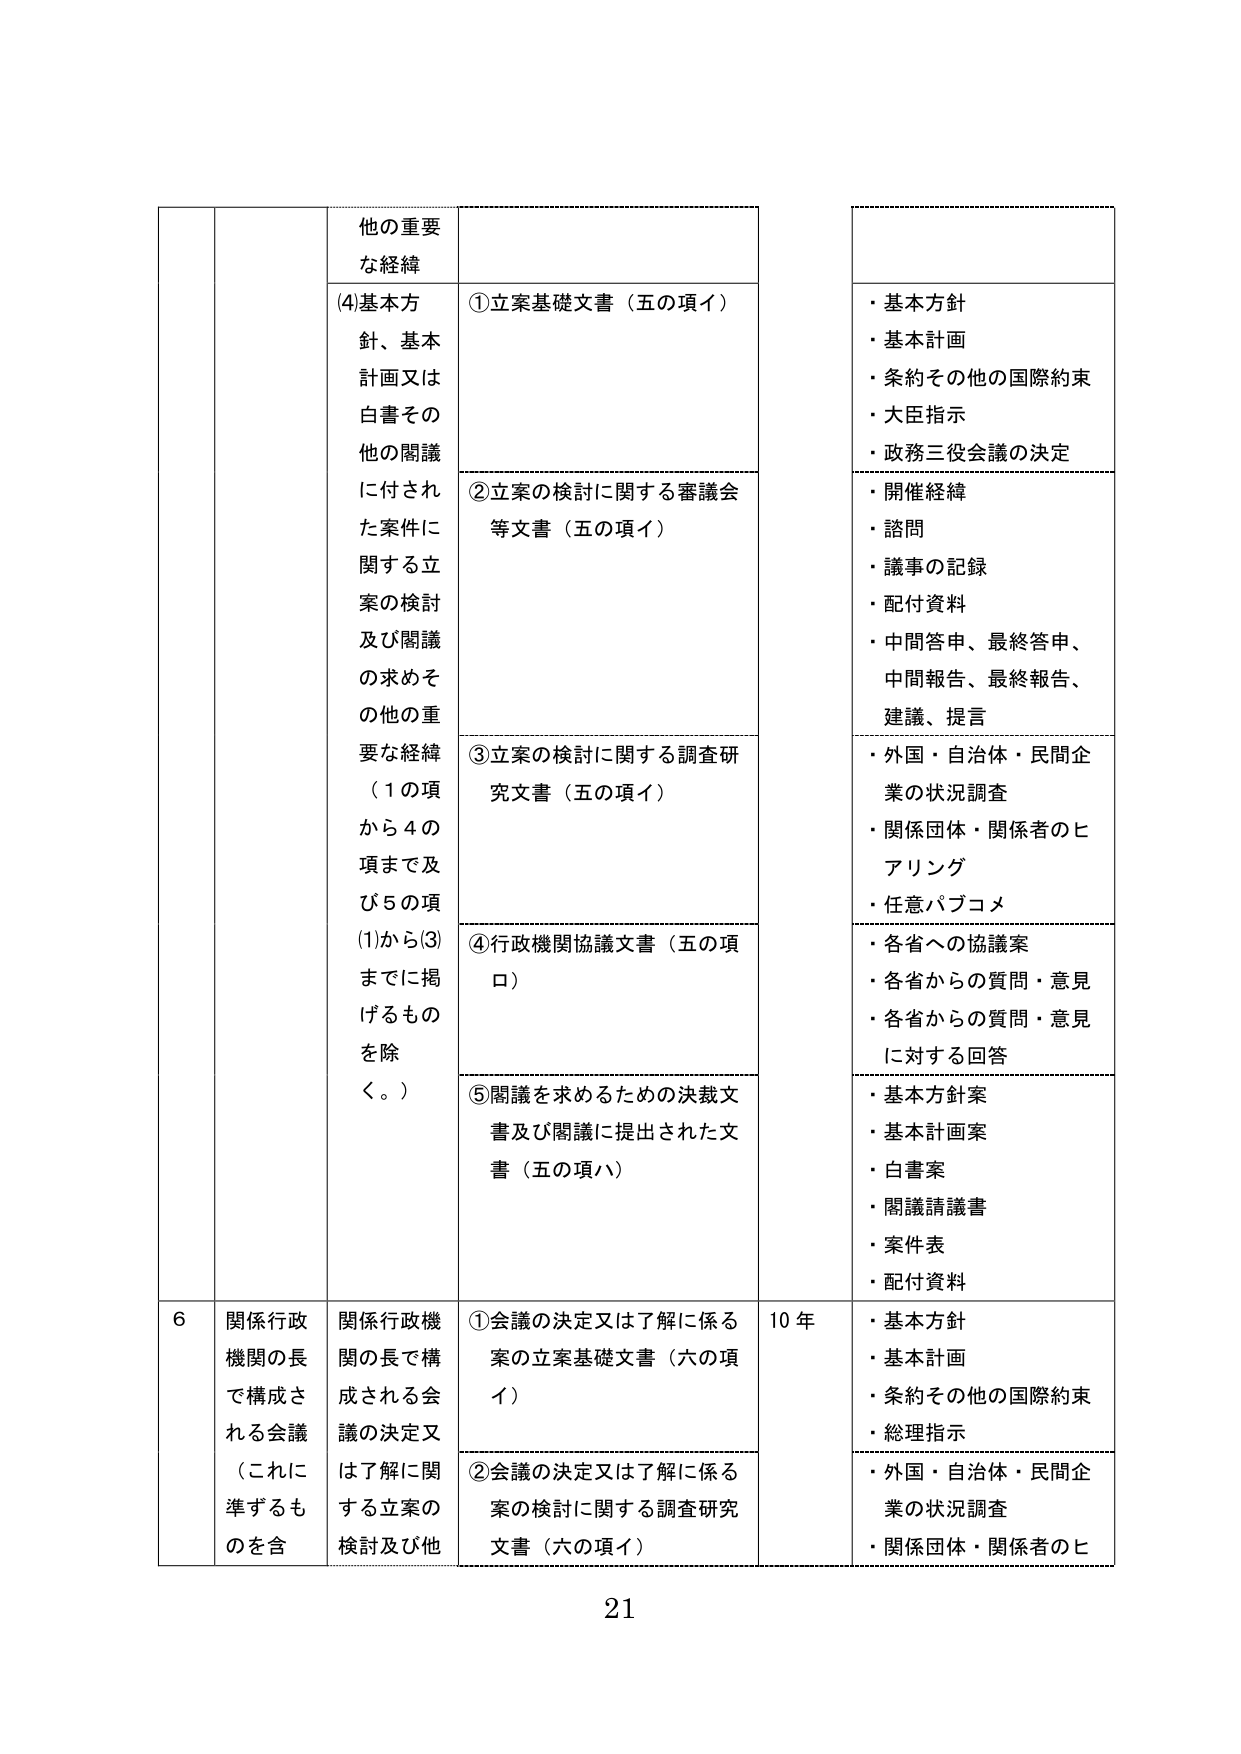
他の重要な経緯
(4)基本方針、基本計画又は白書その他の閣議に付された案件に関する立案の検討及び閣議の求めその他の重要な経緯（1の項から4の項まで及び5の項(1)から(3)までに掲げるものを除く。）
①立案基礎文書（五の項イ）
②立案の検討に関する審議会等文書（五の項イ）
③立案の検討に関する調査研究文書（五の項イ）
④行政機関協議文書（五の項ロ）
⑤閣議を求めるための決裁文書及び閣議に提出された文書（五の項ハ）
・基本方針
・基本計画
・条約その他の国際約束
・大臣指示
・政務三役会議の決定
・開催経緯
・諮問
・議事の記録
・配付資料
・中間答申、最終答申、中間報告、最終報告、建議、提言
・外国・自治体・民間企業の状況調査
・関係団体・関係者のヒアリング
・任意パブコメ
・各省への協議案
・各省からの質問・意見
・各省からの質問・意見に対する回答
・基本方針案
・基本計画案
・白書案
・閣議請議書
・案件表
・配付資料
6 関係行政機関の長で構成される会議（これに準ずるものを含）
関係行政機関の長で構成される会議の決定又は了解に関する立案の検討及び他
①会議の決定又は了解に係る案の立案基礎文書（六の項イ）
②会議の決定又は了解に係る案の検討に関する調査研究文書（六の項イ）
10年
・基本方針
・基本計画
・条約その他の国際約束
・総理指示
・外国・自治体・民間企業の状況調査
・関係団体・関係者のヒ
21